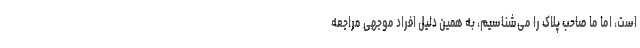
است، اما ما صاحب پلاک را می‌شناسیم، به همین دلیل افراد موجهی مراجعه